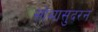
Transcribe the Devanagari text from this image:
सोमासुंदरन